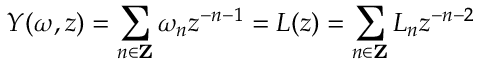
Y ( \omega , z ) = \sum _ { n \in \mathbf { Z } } \omega _ { n } { z ^ { - n - 1 } } = L ( z ) = \sum _ { n \in \mathbf { Z } } L _ { n } z ^ { - n - 2 }